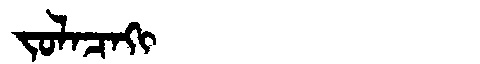
Manchu: ᠵᠣᠯᠠᠴᠠᡴᡳ
Romanization: JOLACAKI